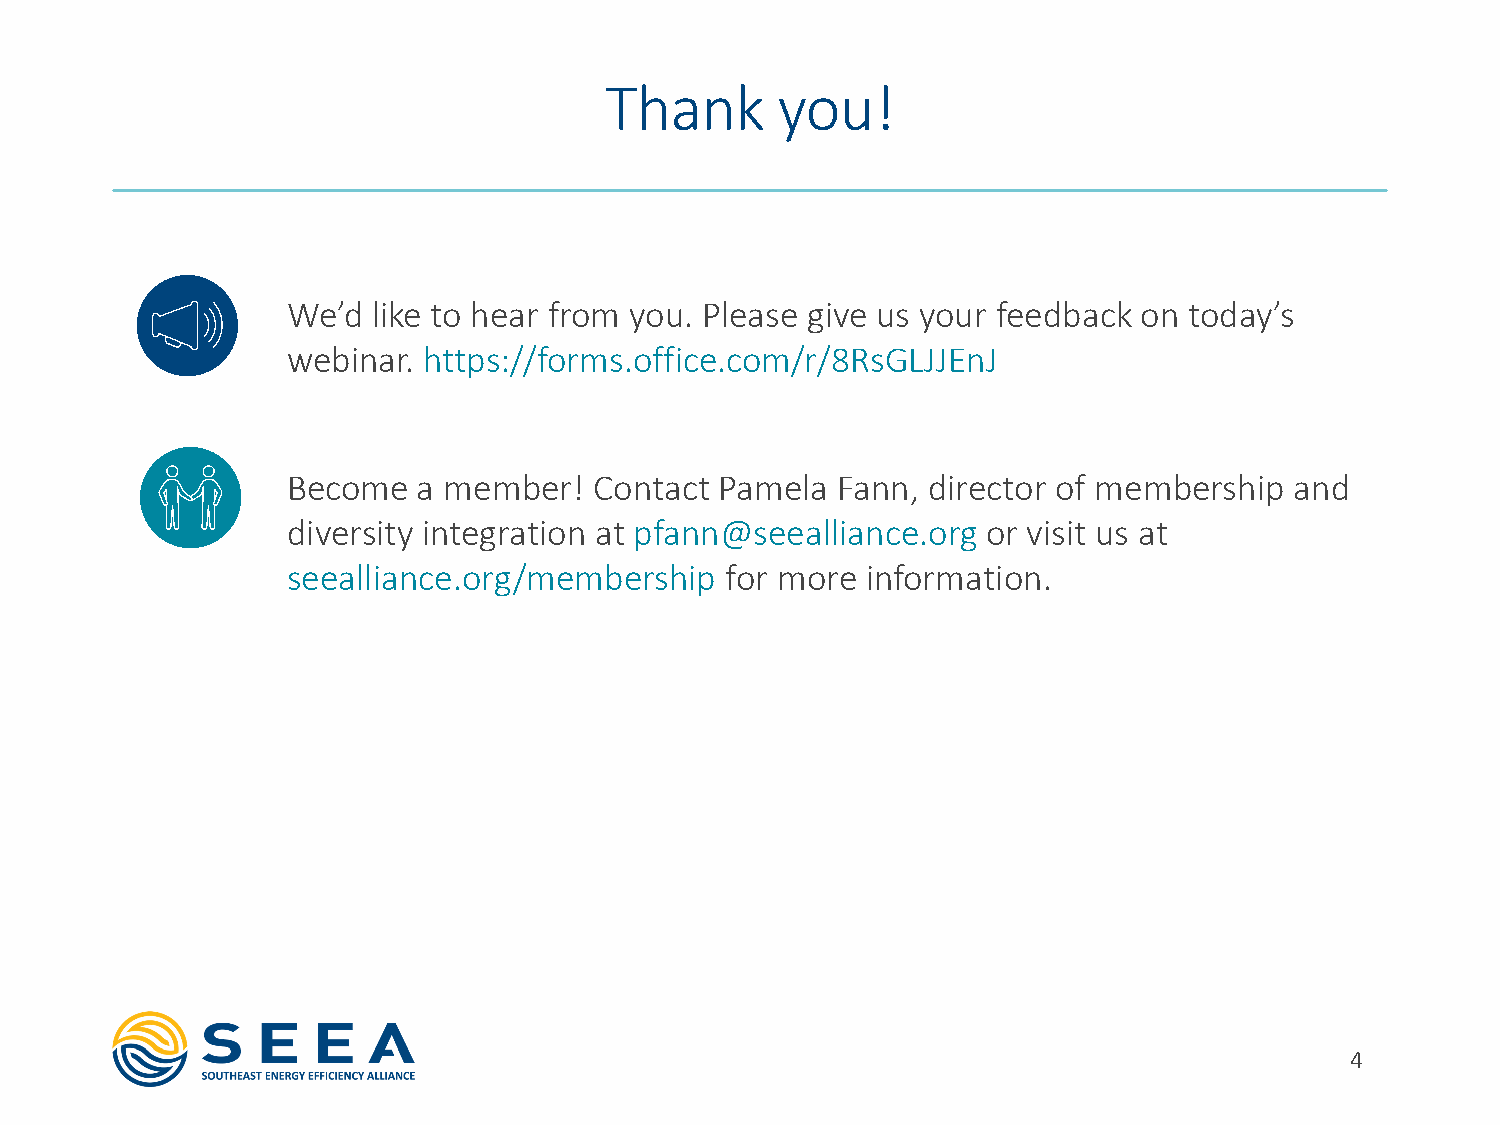
Thank      you!
 We’d  like to hear from you. Please give us your feedback on today’s
 webinar. https://forms.office.com/r/8RsGLJJEnJ
 Become   a member!  Contact  Pamela Fann, director of membership   and
 diversity integration at pfann@seealliance.org or visit us at
 seealliance.org/membership   for more information.
 4